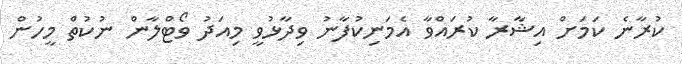
ކުރާނެ ކަމަށް އިޝާރާ ކުރައްވާ އެމަނިކުފާނު ވިދާޅުވީ މިއަދު ވޯޓްލާން ނުކުތް މީހުން